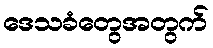
ဒေသခံတွေအတွက်